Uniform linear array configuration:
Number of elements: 32
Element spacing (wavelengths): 0.75
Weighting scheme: hann
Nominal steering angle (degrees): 60
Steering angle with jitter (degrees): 61.167
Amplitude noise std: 0.05
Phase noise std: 0.05

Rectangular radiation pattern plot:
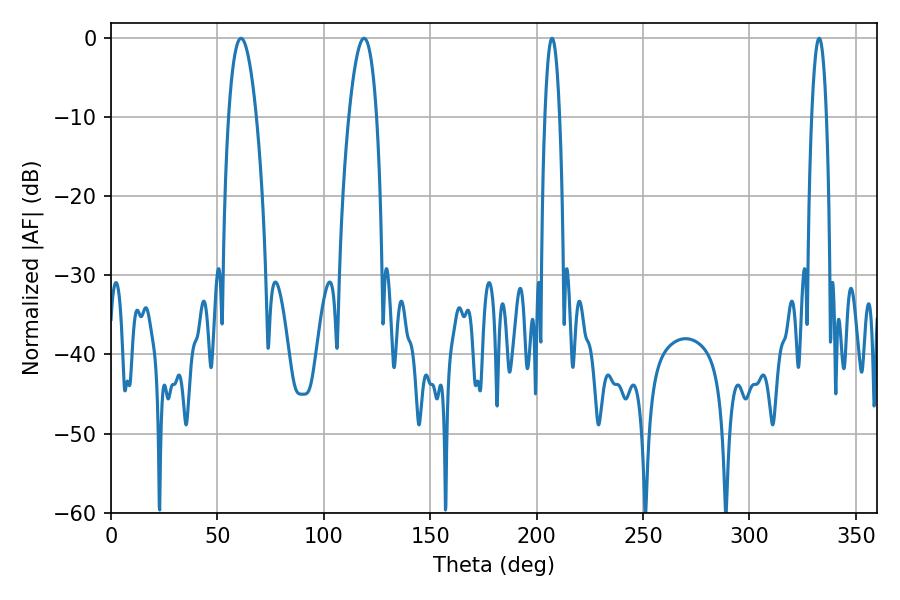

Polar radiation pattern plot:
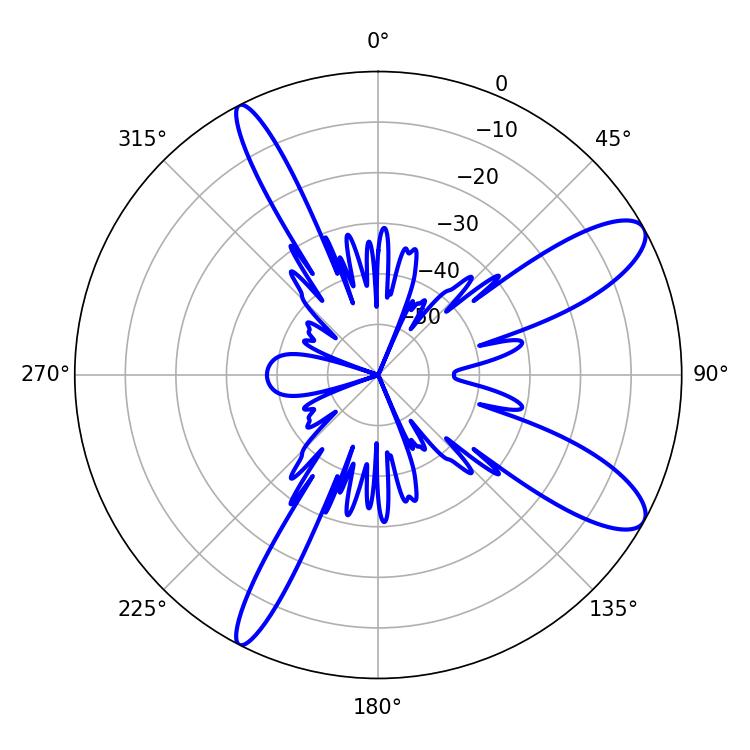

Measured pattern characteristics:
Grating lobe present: TRUE
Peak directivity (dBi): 10.677
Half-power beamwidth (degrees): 7.2
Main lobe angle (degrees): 61.02